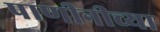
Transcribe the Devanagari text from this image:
पाणीनीच्या